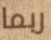
ربما